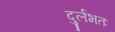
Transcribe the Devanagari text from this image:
दुर्लभतः